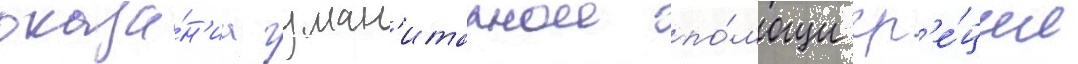
оказа́н'иа гуман'итарнои по́мощи гр'е́ции